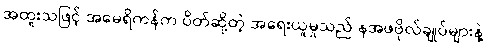
အထူးသဖြင့် အမေရိကန်က ပိတ်ဆို့တဲ့ အရေးယူမှုသည် နအဖဗိုလ်ချုပ်များနဲ့